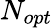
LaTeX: N_{opt}